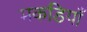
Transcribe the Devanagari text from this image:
मकडियाँ